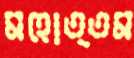
মহোত্তম